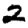
Digit: 2